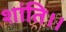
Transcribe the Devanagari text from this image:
शांति।।